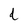
Character: d